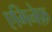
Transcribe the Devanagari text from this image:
एमिनेफ़